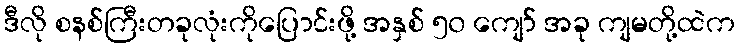
ဒီလို စနစ်ကြီးတခုလုံးကိုပြောင်းဖို့ အနှစ် ၅၀ ကျော် အခု ကျမတို့ထဲက